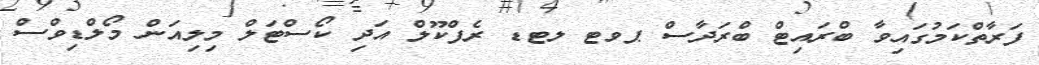
ފަރާތްކަމުގައިވާ ބްރައިޓް ބްރަދާސް ޕވޓ ލޓޑ ރެފްކޫލް އަދި ކޯސްޓަލް މިލިއަން މޯލްޑިވްސް